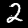
Label: 2